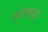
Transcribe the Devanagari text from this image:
कात्रणातून